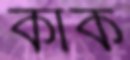
কাক